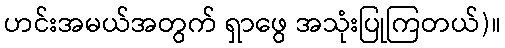
ဟင်းအမယ်အတွက် ရှာဖွေ အသုံးပြုကြတယ်)။